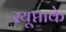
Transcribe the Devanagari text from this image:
रयूप्ताके